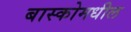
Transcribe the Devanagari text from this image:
बास्कोमधील